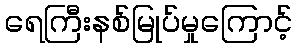
ရေကြီးနစ်မြုပ်မှုကြောင့်